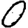
Digit: 0